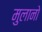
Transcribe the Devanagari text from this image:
मुलानो